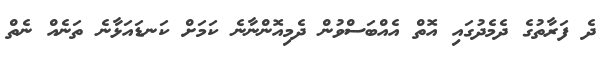
ދެ ފަރާތުގެ ދެމެދުގައި އޮތް އެއްބަސްވުން ދެމިއޮންނާނެ ކަމަށް ކަނޑައަޅާނެ ތަނެއް ނެތް